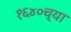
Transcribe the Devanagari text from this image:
१६४०च्या